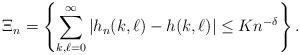
LaTeX: \begin{align*}\Xi_n = \left\{\sum_{k, \ell = 0}^\infty \left|h_n(k,\ell) - h(k, \ell)\right| \le K n^{-\delta}\right\}.\end{align*}